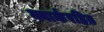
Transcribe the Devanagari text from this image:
क्वार्करहित